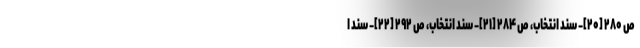
ص ۲۸۰ [۲۰]- سند انتخاب، ص ۲۸۴ [۲۱]- سند انتخاب، ص ۲۹۲ [۲۲]- سند ا